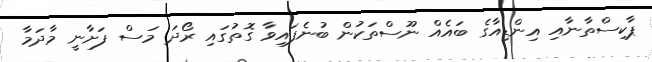
ޕާކިސްތާނާއި އިންޑިއާގެ ބައެއް ނޫސްތަކުން ބުނެފައިވާ ގޮތުގައި ރޯދަ މަސް ފަށާނީ މާދަމާ